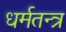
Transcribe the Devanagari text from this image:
धर्मतन्त्र